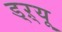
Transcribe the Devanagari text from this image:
ड्‌ऱ्यू